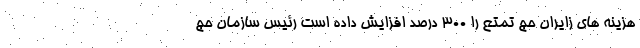
هزینه های زایران حج تمتع را ۳۰۰ درصد افزایش داده است رئیس سازمان حج